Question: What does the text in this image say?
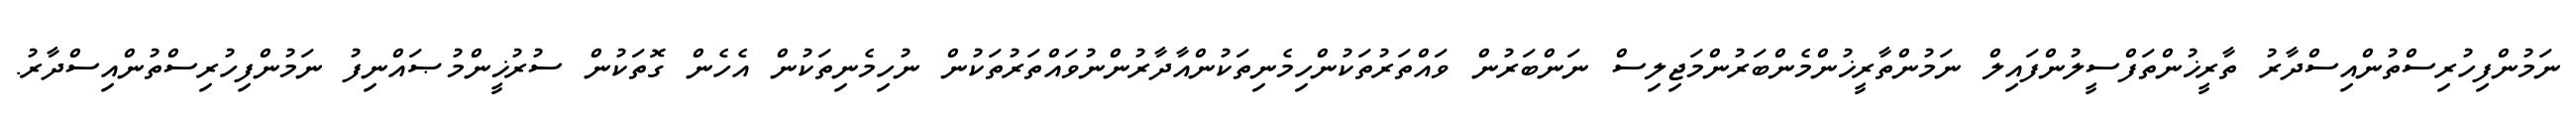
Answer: ނަމުންފިހުރިސްތުންއިސްދާރު ތާރީޚުންތަފްސީލުންފައިލް ނަމުންތާރީޚުންމެންބަރުންމަޖިލިސް ނަންބަރުން ވައްތަރުތަކުންހިމެނިތަކުންއާދާރުންނުވައްތަރުތަކުން ނުހިމެނިތަކުން އެހެން ގޮތަކުން ސުރުޚީންމުޞައްނިފު ނަމުންފިހުރިސްތުންއިސްދާރު.